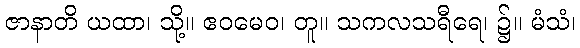
ဇာနာတိ ယထာ၊ သို့။ ဧဝမေဝ၊ တူ။ သကလသရီရေ၊ ၌။ မံသံ၊